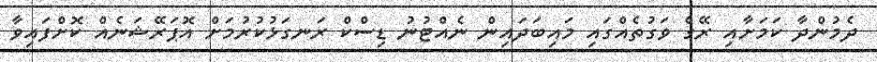
ދެމުންދާ ކަމަށާއި ރޭގެ ވަގުތެއްގައި މައިބަދައިން ނެއްޓުނު ޑިސްކް ރަނގަޅުކުރުމަށް އޮޕަރޭޝަނެއް ކޮށްފައިވާ